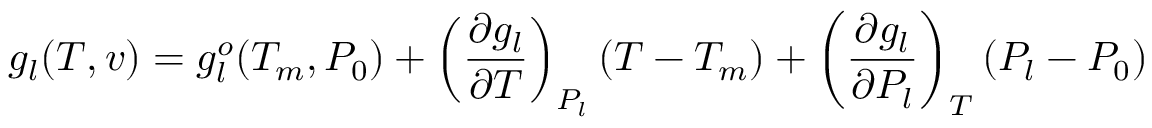
g _ { l } ( T , v ) = g _ { l } ^ { o } ( T _ { m } , P _ { 0 } ) + \left( \frac { \partial g _ { l } } { \partial T } \right) _ { P _ { l } } ( T - T _ { m } ) + \left( \frac { \partial g _ { l } } { \partial P _ { l } } \right) _ { T } ( P _ { l } - P _ { 0 } )